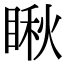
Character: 瞅